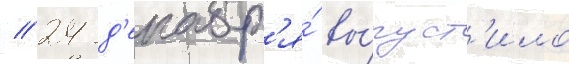
// 24 д'екабр'я́ вы́пуст'ило